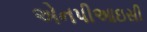
એનપીઆઇસી